Source: Handwritten
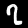
Digit: ၇ (7)